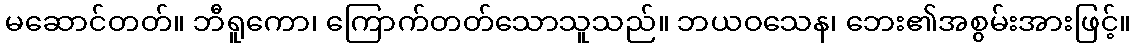
မဆောင်တတ်။ ဘီရူကော၊ ကြောက်တတ်သောသူသည်။ ဘယဝသေန၊ ဘေး၏အစွမ်းအားဖြင့်။